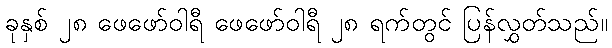
ခုနှစ် ၂၈ ဖေဖော်ဝါရီ ဖေဖော်ဝါရီ ၂၈ ရက်တွင် ပြန်လွှတ်သည်။